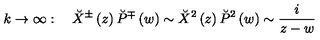
k \rightarrow \infty : \quad \breve { X } ^ { \pm } \left( z \right) \breve { P } ^ { \mp } \left( w \right) \sim \breve { X } ^ { 2 } \left( z \right) \breve { P } ^ { 2 } \left( w \right) \sim \frac i { z - w }